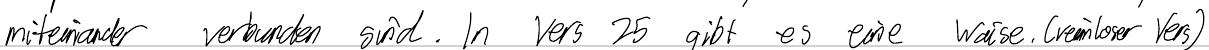
miteinander verbunden sind. In Vers 25 gibt es eine Waise. (reimloser Vers)